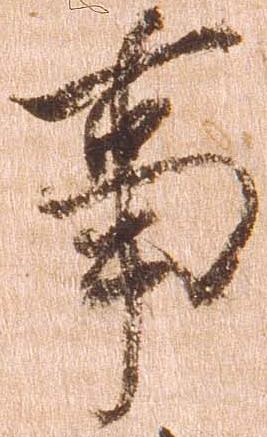
事